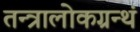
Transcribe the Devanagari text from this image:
तन्त्रालोकग्रन्थं